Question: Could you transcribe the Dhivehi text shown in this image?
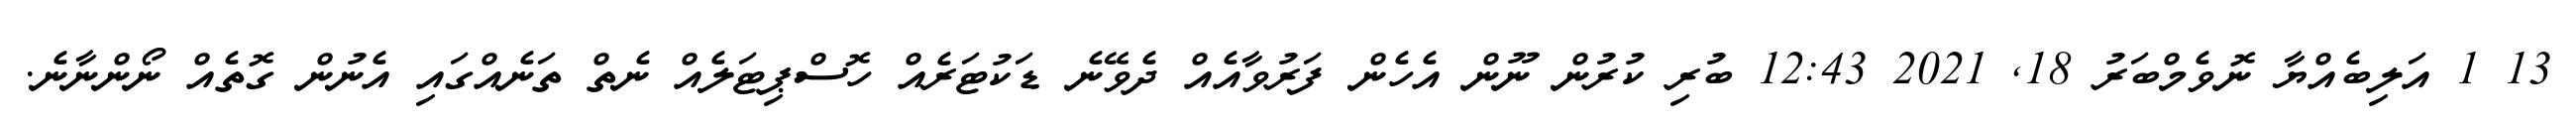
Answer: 13 1 އަލިބެއްޔާ ނޮވެމްބަރު 18, 2021 12:43 ބުރި ކުރުން ނޫން އެހެން ފަރުވާއެއް ދެވޭނެ ޑަކުޓަރެއް ހޮސްޕިޓަލެއް ނެތް ތަނެއްގައި އެނުން ގޮތެއް ނޯންނާނެ.